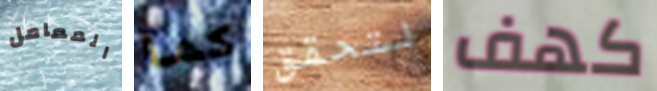
المعامل كما لتحقق كهف